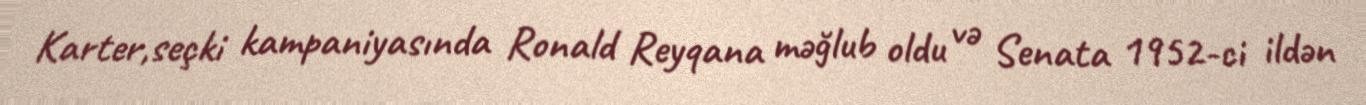
Karter,seçki kampaniyasında Ronald Reyqana məğlub oldu və Senata 1952-ci ildən